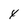
Character: 4